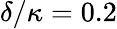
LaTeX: \delta/\kappa=0.2